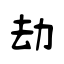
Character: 劫